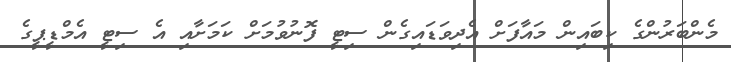
މެންބަރުންގެ ކިބައިން މައާފަށް އެދިވަޑައިގެން ސިޓީ ފޮނުވުމަށް ކަަމަށާއި އެ ސިޓީ އެމްޑީޕީގެ